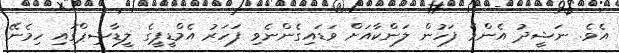
އެވެ. ނަޝީދު އެންމެ ފަހުން ލަންކާއަށް ވަޑައިގެންނެވި ފަހަރު އެމްޑީޕީގެ ލީޑާޝިޕްގައި ހިމެނޭ